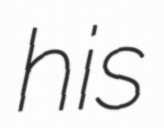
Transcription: his